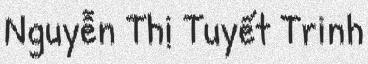
Nguyễn Thị Tuyết Trinh